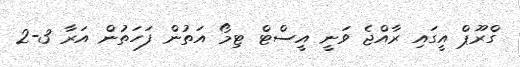
ގްރޫޕް އީގައި ރާއްޖެ ވަނީ އީސްޓް ޓިމޯ އަތުން ފަހަތުން އަރާ 3-2